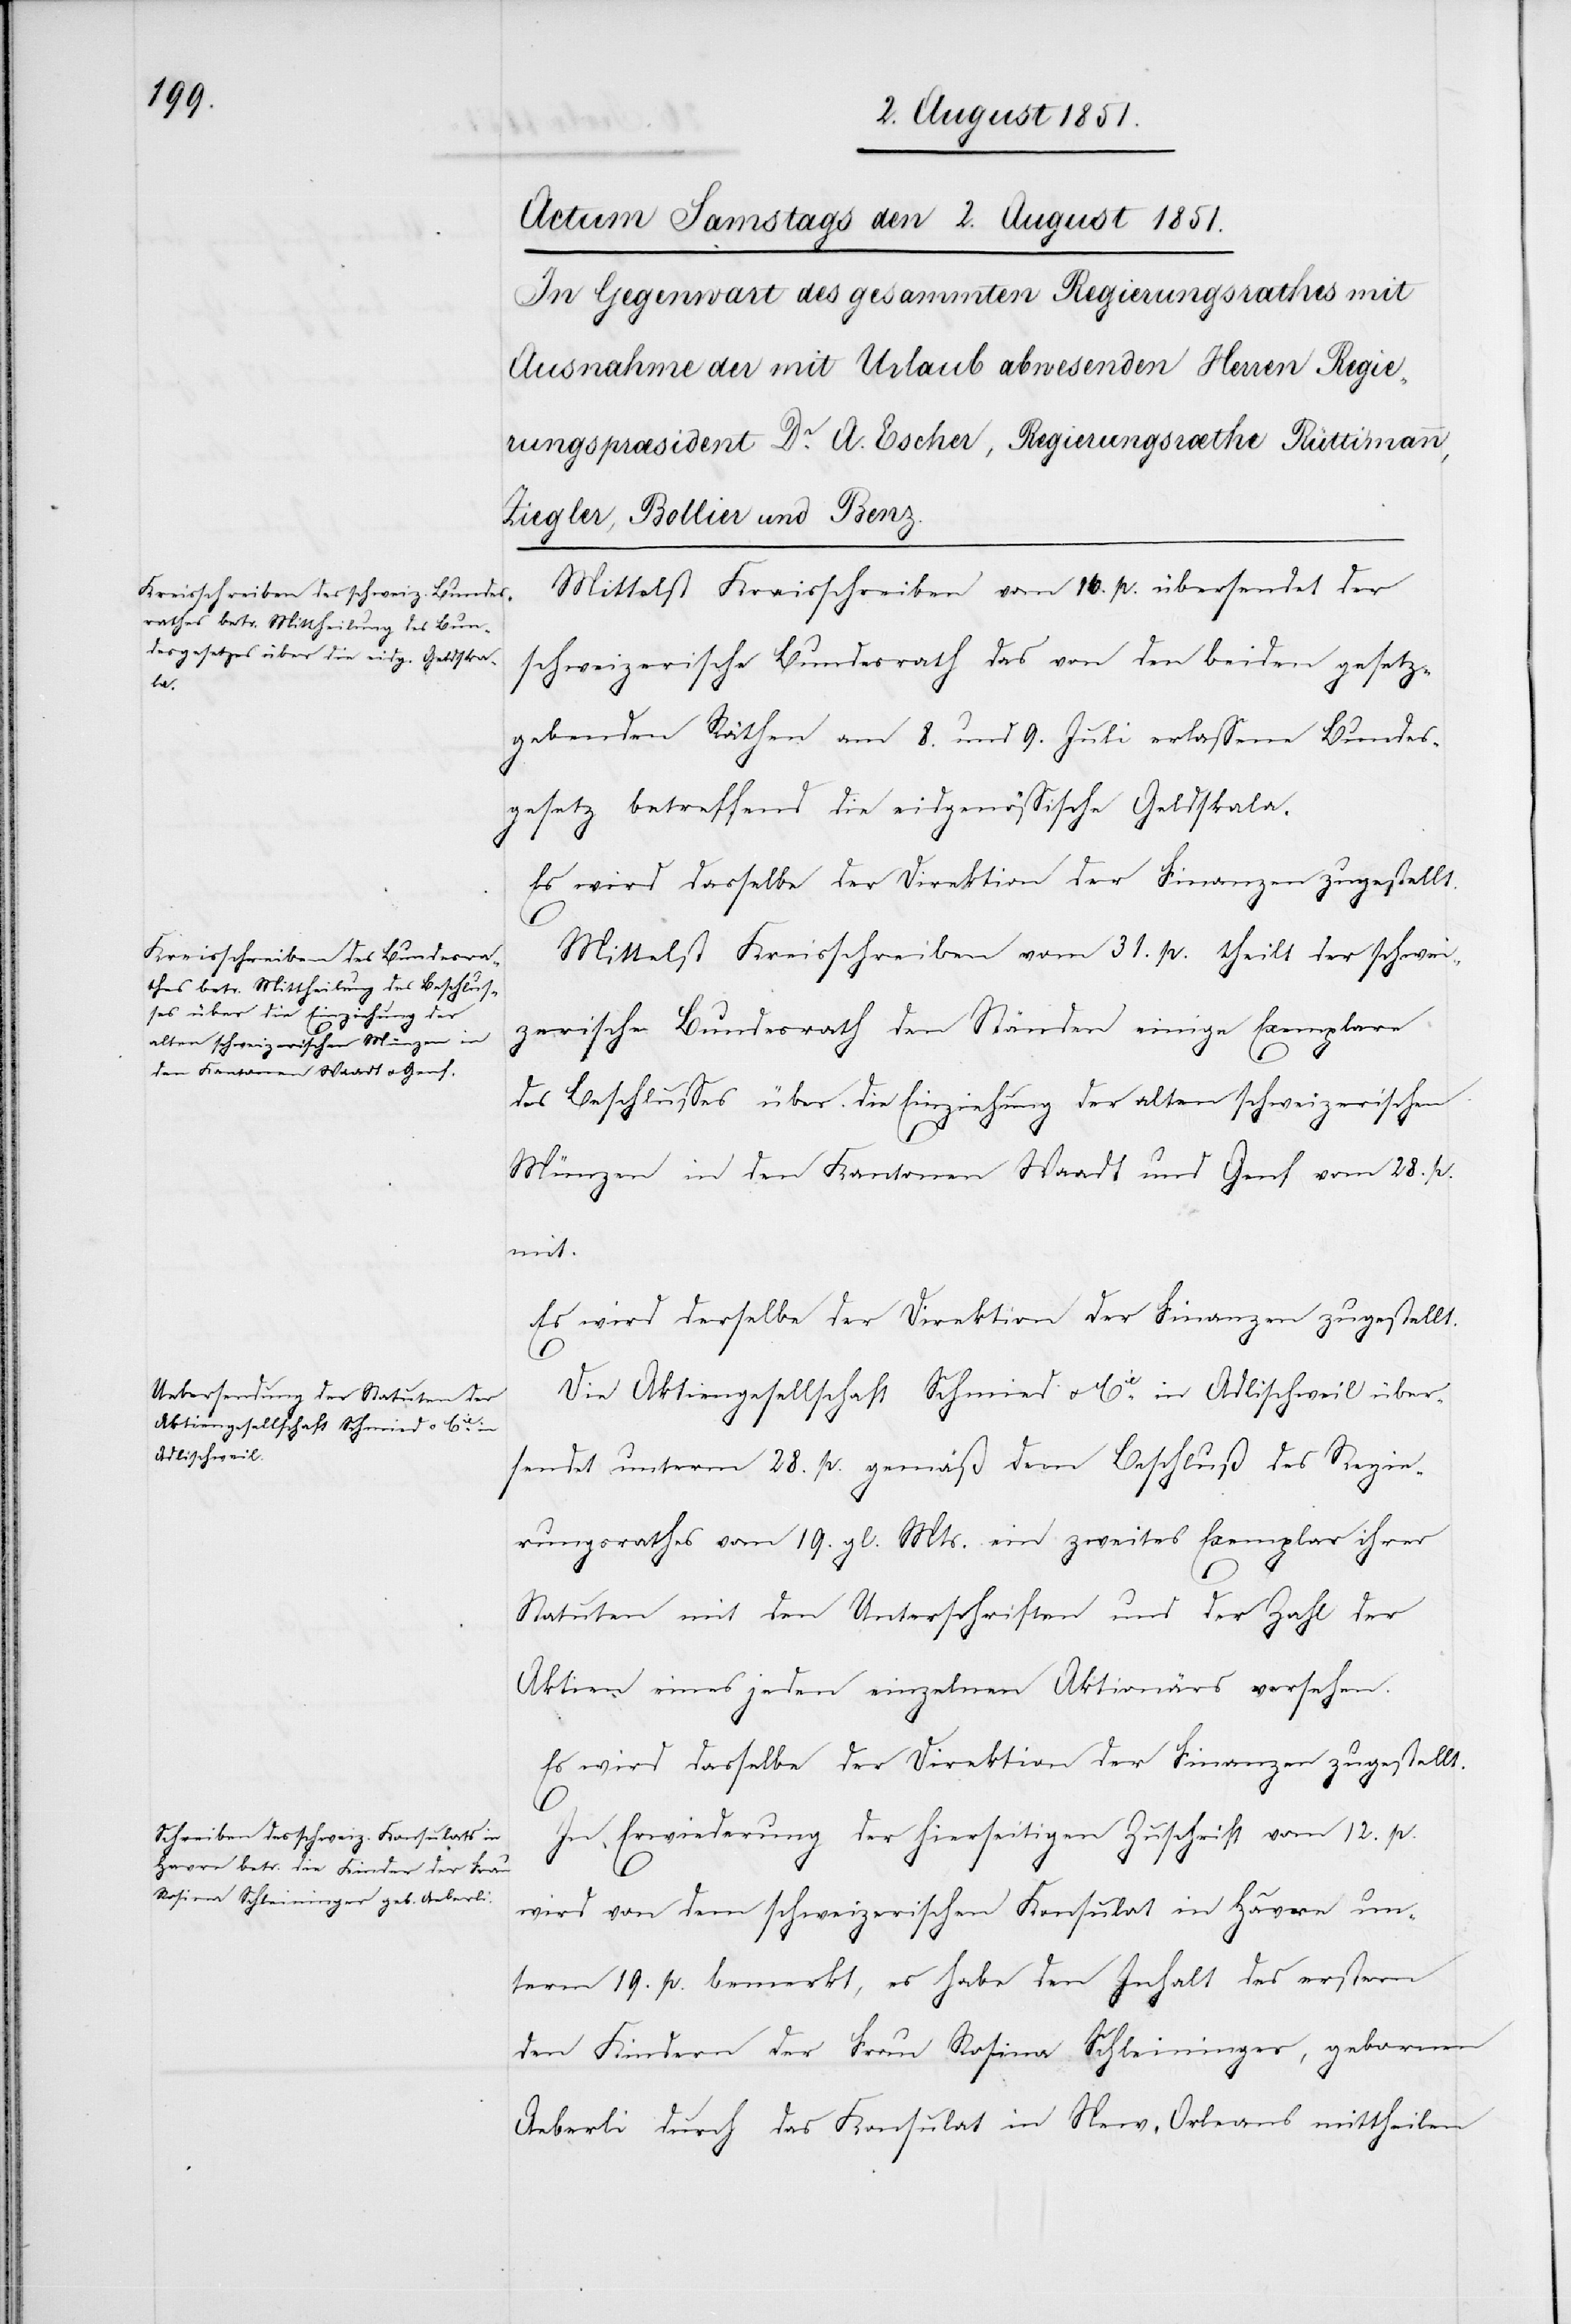
Mittelst Kreisschreiben vom 16. p. übersendet der
schweizerische Bundesrath das von den beiden gesetz¬
gebenden Räthen am 8. und 9. Juli erlassene Bundes¬
gesetz betreffend die eidgenössische Geldskala.
Es wird dasselbe der Direktion der Finanzen zugestellt.
Mittelst Kreisschreiben vom 31. p. theilt der schwei¬
zerische Bundesrath den Ständen einige Exemplare
des Beschlusses über die Einziehung der alten schweizerischen
Münzen in den Kantonen Waadt und Genf vom 28. p.
mit.
Es wird derselbe der Direktion der Finanzen zugestellt.
Die Aktiengesellschaft Schmied & Cie. in Adlischweil über¬
sendet unterm 28. p. gemäß dem Beschluß des Regie¬
rungsrathes vom 19. gl. Mts. ein zweites Exemplar ihrer
Statuten mit den Unterschriften und der Zahl der
Aktien eines jeden einzelnen Aktionärs versehen.
Es wird dasselbe der Direktion der Finanzen zugestellt.
In Erwiederung der hierseitigen Zuschrift vom 12. p.
wird von dem schweizerischen Konsulat in Havre un¬
term 19. p. bemerkt, es habe den Inhalt des erstern
den Kindern der Frau Rosina Schleininger, gebornen
Aeberli durch das Konsulat in New-Orleans mittheilen